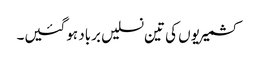
کشمیریوں کی تین نسلیں برباد ہوگئیں۔